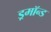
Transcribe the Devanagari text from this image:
ड्रमॉन्ड